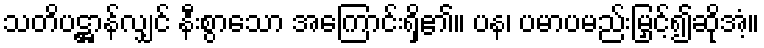
သတိပဋ္ဌာန်လျှင် နီးစွာသော အကြောင်းရှိ၏။ ပန၊ ပမာပမည်းမြှင့်၍ဆိုအံ့။